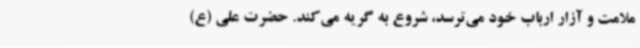
ملامت و آزار ارباب خود می‌ترسد، شروع به گریه می‌کند. حضرت علی (ع)